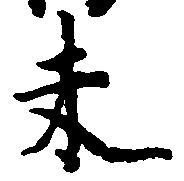
未